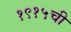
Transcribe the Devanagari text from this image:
१९१५ची